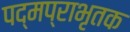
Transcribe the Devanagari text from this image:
पद्मप्राभृतक